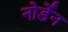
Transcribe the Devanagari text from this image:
नोर्डेन